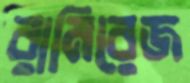
রামিরেজ